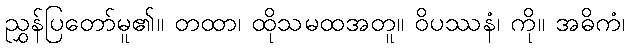
ညွှန်ပြတော်မူ၏။ တထာ၊ ထိုသမထအတူ။ ဝိပဿနံ၊ ကို။ အဓိကံ၊